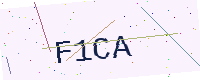
Text: F1CA